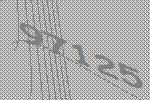
97125